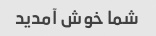
شما خوش آمدید